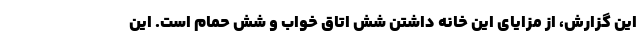
این گزارش، از مزایای این خانه داشتن شش اتاق خواب و شش حمام است. این